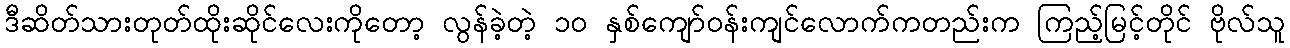
ဒီဆိတ်သားတုတ်ထိုးဆိုင်လေးကိုတော့ လွန်ခဲ့တဲ့ ၁၀ နှစ်ကျော်ဝန်းကျင်လောက်ကတည်းက ကြည့်မြင့်တိုင် ဗိုလ်သူ